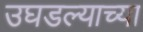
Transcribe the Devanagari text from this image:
उघडल्याच्या